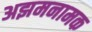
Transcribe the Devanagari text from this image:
अझमनामक